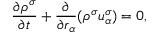
\frac { \partial \rho ^ { \sigma } } { \partial t } + \frac { \partial } { \partial r _ { \alpha } } ( \rho ^ { \sigma } u _ { \alpha } ^ { \sigma } ) = 0 ,